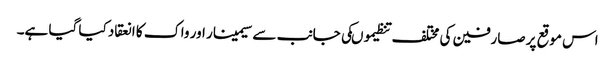
اس موقع پر صارفین کی مختلف تنظیموںکی جانب سے سیمینار اور واک کا انعقاد کیا گیا ہے۔